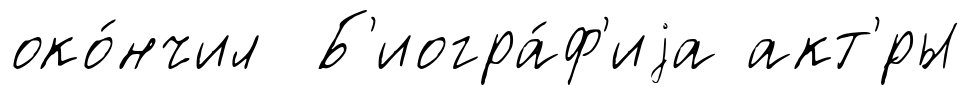
око́нчил Б'иогра́ф'иjа акт'́ры